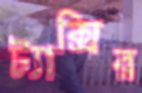
ট্যাক্সির